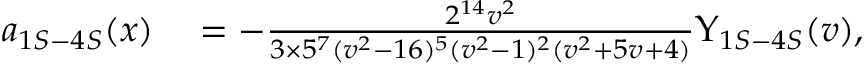
\begin{array} { r l } { a _ { 1 S - 4 S } ( x ) } & { { } = - \frac { 2 ^ { 1 4 } v ^ { 2 } } { 3 \times 5 ^ { 7 } ( v ^ { 2 } - 1 6 ) ^ { 5 } ( v ^ { 2 } - 1 ) ^ { 2 } ( v ^ { 2 } + 5 v + 4 ) } \Upsilon _ { 1 S - 4 S } ( v ) , } \end{array}